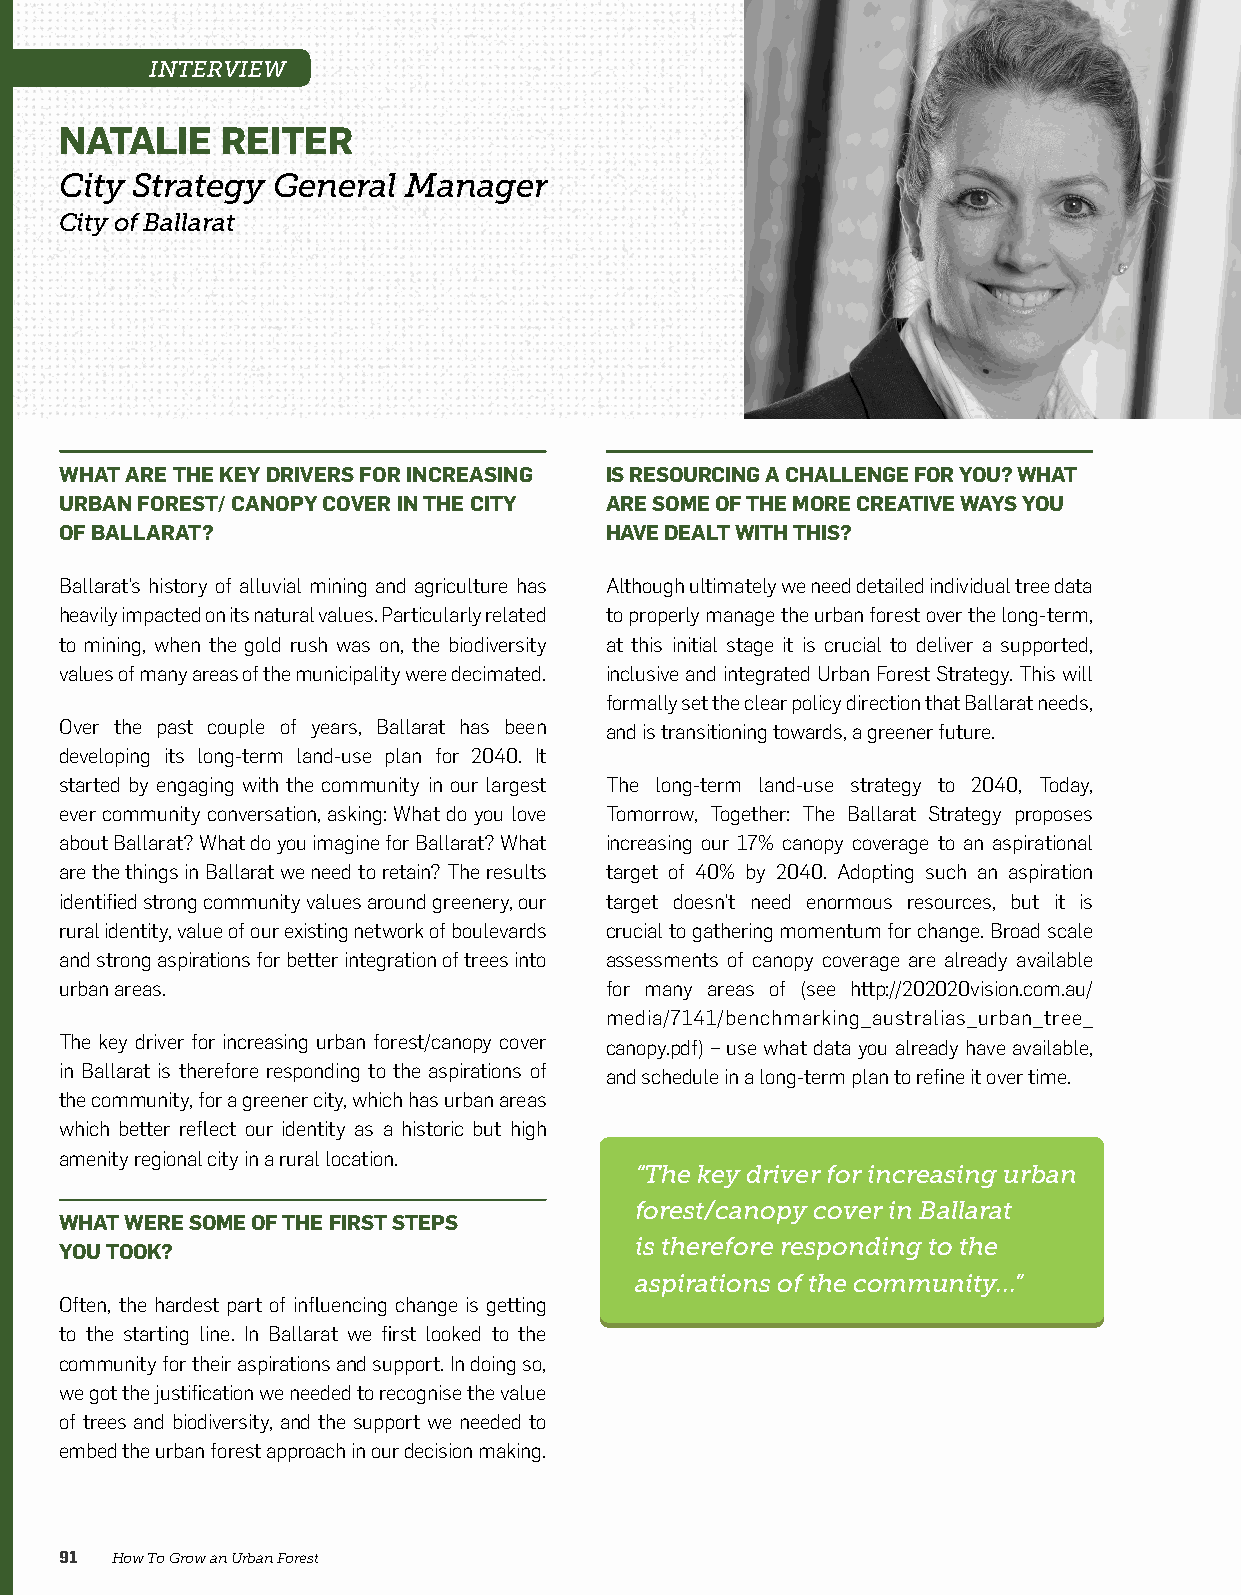
INTERVIEW
 NATALIE    REITER
 City Strategy General  Manager
 City of Ballarat
 WHAT ARE THE KEY DRIVERS FOR INCREASING IS RESOURCING A CHALLENGE FOR YOU? WHAT
 URBAN FOREST/ CANOPY COVER IN THE CITY ARE SOME OF THE MORE CREATIVE WAYS YOU
 OF BALLARAT?                        HAVE DEALT WITH THIS?
 Ballarat’s history of alluvial mining and agriculture has Although ultimately we need detailed individual tree data
 heavily impacted on its natural values. Particularly related to properly manage the urban forest over the long-term,
 to mining, when the gold rush was on, the biodiversity at this initial stage it is crucial to deliver a supported,
 values of many areas of the municipality were decimated. inclusive and integrated Urban Forest Strategy. This will
 formally set the clear policy direction that Ballarat needs,
 Over the past couple of years, Ballarat has been and is transitioning towards, a greener future.
 developing its long-term land-use plan for 2040. It
 started by engaging with the community in our largest The long-term land-use strategy to 2040, Today,
 ever community conversation, asking: What do you love Tomorrow, Together: The Ballarat Strategy proposes
 about Ballarat? What do you imagine for Ballarat? What increasing our 17% canopy coverage to an aspirational
 are the things in Ballarat we need to retain? The results target of 40% by 2040. Adopting such an aspiration
 identified strong community values around greenery, our target doesn’t need enormous resources, but it is
 rural identity, value of our existing network of boulevards crucial to gathering momentum for change. Broad scale
 and strong aspirations for better integration of trees into assessments of canopy coverage are already available
 urban areas.                        for many areas of (see http://202020vision.com.au/
 media/7141/benchmarking_australias_urban_tree_
 The key driver for increasing urban forest/canopy cover canopy.pdf) – use what data you already have available,
 in Ballarat is therefore responding to the aspirations of and schedule in a long-term plan to refine it over time.
 the community, for a greener city, which has urban areas
 which better reflect our identity as a historic but high
 amenity regional city in a rural location.
 “The key driver for increasing urban
 forest/canopy cover in Ballarat
 WHAT WERE SOME OF THE FIRST STEPS
 is therefore responding to the
 YOU TOOK?
 aspirations of the community...”
 Often, the hardest part of influencing change is getting
 to the starting line. In Ballarat we first looked to the
 community for their aspirations and support. In doing so,
 we got the justification we needed to recognise the value
 of trees and biodiversity, and the support we needed to
 embed the urban forest approach in our decision making.
 91 How To Grow an Urban Forest